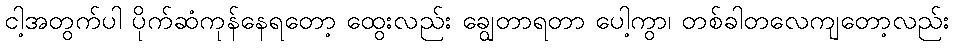
ငါ့အတွက်ပါ ပိုက်ဆံကုန်နေရတော့ ထွေးလည်း ချွေတာရတာ ပေါ့ကွာ၊ တစ်ခါတလေကျတော့လည်း